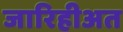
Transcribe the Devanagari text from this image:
जारिहीअत